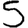
Digit: 5